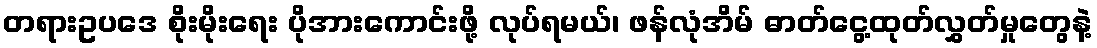
တရားဥပဒေ စိုးမိုးရေး ပိုအားကောင်းဖို့ လုပ်ရမယ်၊ ဖန်လုံအိမ် ဓာတ်ငွေ့ထုတ်လွှတ်မှုတွေနဲ့